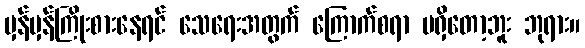
မှန်မှန်ကြိုးစားနေရင် သေရေးအတွက် ကြောက်စရာ မရှိတော့ဘူး ဘုရား။